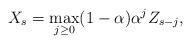
LaTeX: \begin{align*}X_s = \max_{j \ge 0} (1-\alpha) \alpha^j Z_{s-j},\end{align*}